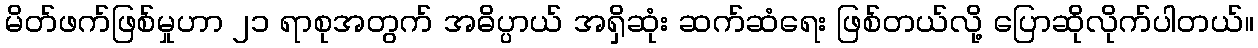
မိတ်ဖက်ဖြစ်မှုဟာ ၂၁ ရာစုအတွက် အဓိပ္ပာယ် အရှိဆုံး ဆက်ဆံရေး ဖြစ်တယ်လို့ ပြောဆိုလိုက်ပါတယ်။